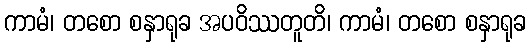
ကာမံ၊ တစော စနှာရုခ အပဝိဿတူတိ၊ ကာမံ၊ တစော စနှာရုခ